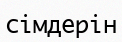
сімдерін